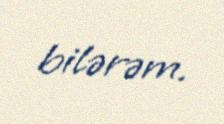
bilərəm.